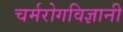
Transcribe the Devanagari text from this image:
चर्मरोगविज्ञानी